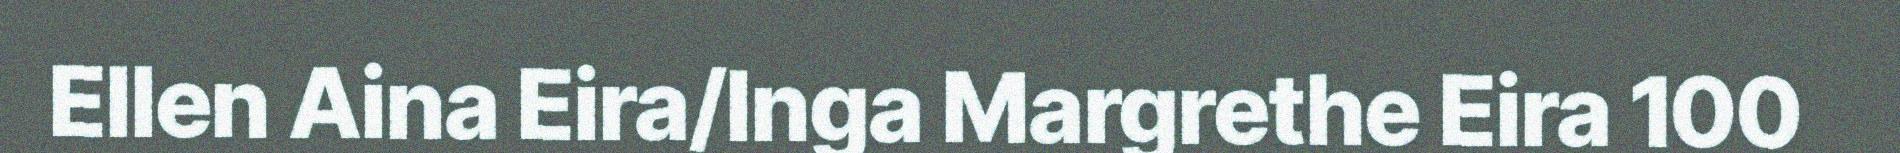
Ellen Aina Eira/Inga Margrethe Eira 100